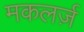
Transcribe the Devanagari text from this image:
मकलर्ज़